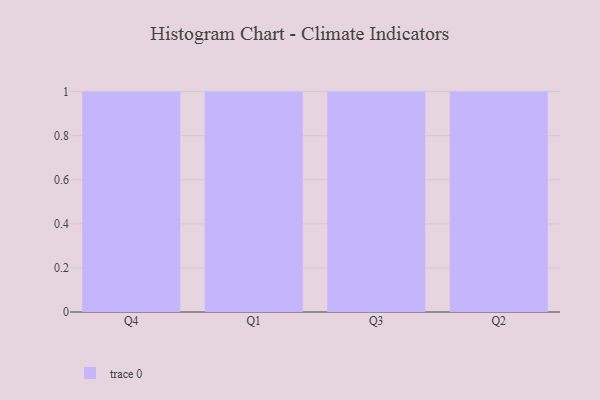
{"axis": {"x": "Quarter", "y": "Demand Index"}, "legend": [""], "data": [{"x": "Q4", "y": 69, "type": ""}, {"x": "Q1", "y": 34, "type": ""}, {"x": "Q3", "y": 23, "type": ""}, {"x": "Q2", "y": 49, "type": ""}]}